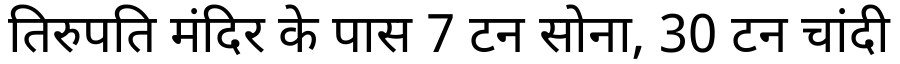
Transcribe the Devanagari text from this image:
तिरुपति मंदिर के पास 7 टन सोना, 30 टन चांदी